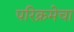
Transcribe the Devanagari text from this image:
परिक्रमेचा